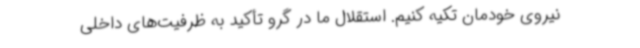
نیروی خودمان تکیه کنیم. استقلال ما در گرو تأکید به ظرفیت‌های داخلی